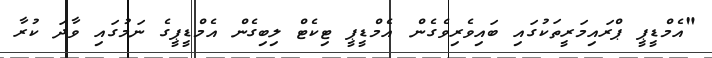
"އެމްޑީޕީ ޕްރައިމަރީތަކުގައި ބައިވެރިވެގެން އެމްޑީޕީ ޓިކެޓް ލިބިގެން އެމްޑީޕީގެ ނަމުގައި ވާދަ ކުރާ